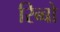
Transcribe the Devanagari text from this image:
रिब्बो